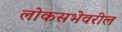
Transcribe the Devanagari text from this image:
लोकसभेवरील